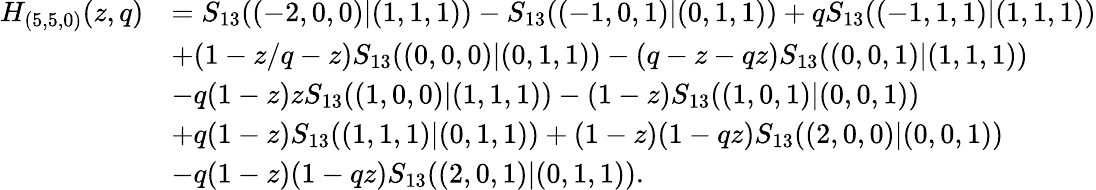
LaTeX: \begin{array}{rl}{H_{(5,5,0)}(z,q)}&{=S_{13}((-2,0,0)|(1,1,1))-S_{13}((-1,0,1)|(0,1,1))+qS_{13}((-1,1,1)|(1,1,1))}\\ &{+(1-z/q-z)S_{13}((0,0,0)|(0,1,1))-(q-z-qz)S_{13}((0,0,1)|(1,1,1))}\\ &{-q(1-z)zS_{13}((1,0,0)|(1,1,1))-(1-z)S_{13}((1,0,1)|(0,0,1))}\\ &{+q(1-z)S_{13}((1,1,1)|(0,1,1))+(1-z)(1-qz)S_{13}((2,0,0)|(0,0,1))}\\ &{-q(1-z)(1-qz)S_{13}((2,0,1)|(0,1,1)).}\end{array}